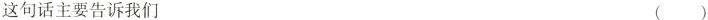
这句话主要告诉我们 ( )